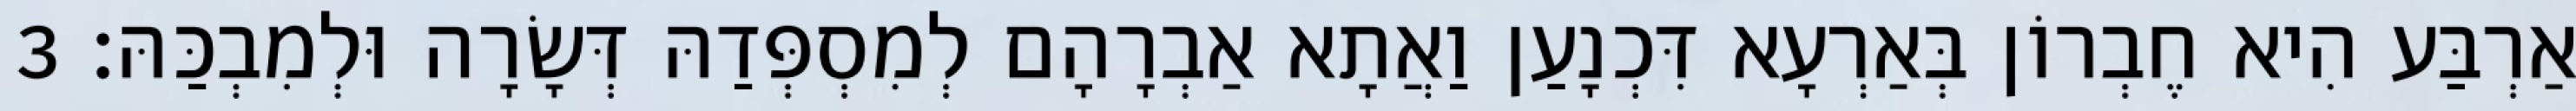
אַרְבַּע הִיא חֶבְרוֹן בְּאַרְעָא דִּכְנָעַן וַאֲתָא אַבְרָהָם לְמִסְפְּדַהּ דְּשָׂרָה וּלְמִבְכַּהּ׃ 3